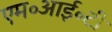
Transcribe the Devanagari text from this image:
एम॰आई॰टी